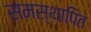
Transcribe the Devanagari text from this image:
समस्थापित